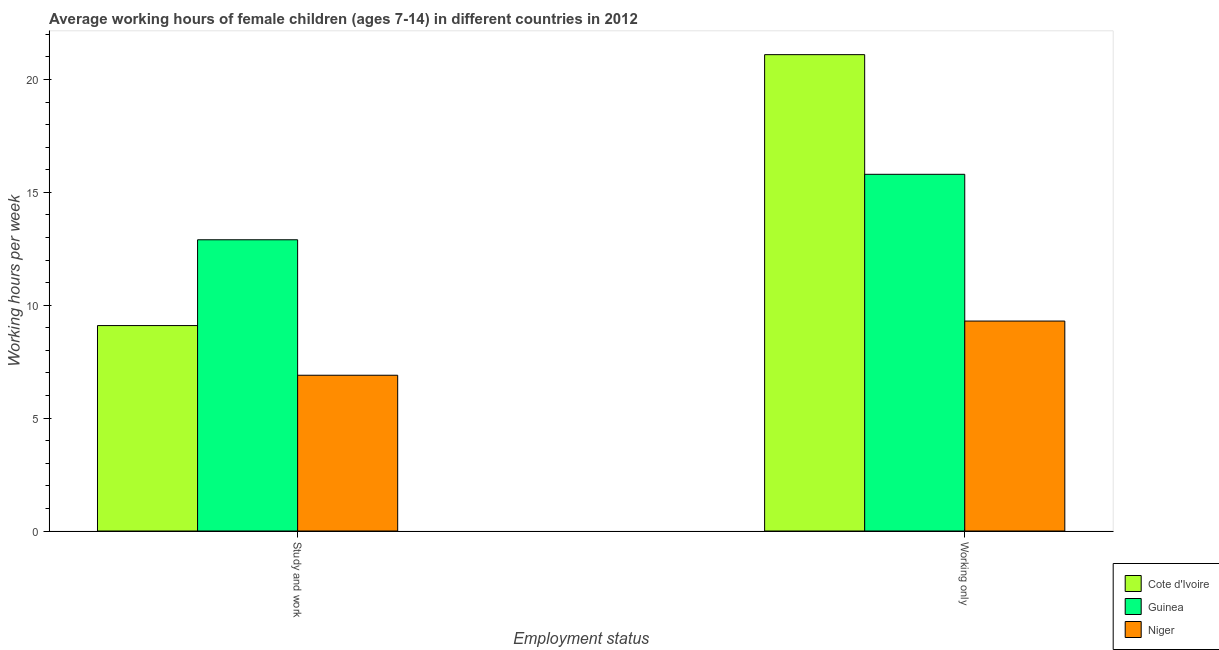
| Employment status | Cote d'Ivoire | Guinea | Niger |
 | --- | --- | --- | --- |
 | Study and work | 9.1 | 12.9 | 6.9 |
 | Working only | 21.1 | 15.8 | 9.3 |